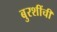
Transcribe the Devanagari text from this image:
बुरशींची